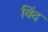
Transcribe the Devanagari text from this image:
विंद